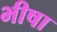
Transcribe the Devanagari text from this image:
भीषा